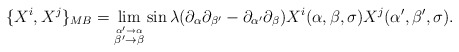
\begin{align*}\{X^{i},X^{j}\}_{MB}=\lim\limits_{\stackrel{\alpha^\prime\to\alpha}{\beta^\prime\to\beta}}\sin\lambda(\partial_{\alpha}\partial_{\beta^\prime}-\partial_{\alpha^\prime}\partial_{\beta})X^{i}(\alpha,\beta,\sigma)X^{j}(\alpha^\prime,\beta^\prime,\sigma) .\end{align*}